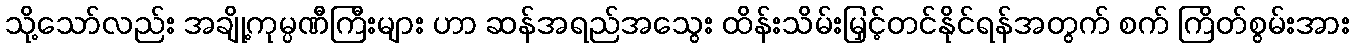
သို့သော်လည်း အချို့ကုမ္ပဏီကြီးများ ဟာ ဆန်အရည်အသွေး ထိန်းသိမ်းမြှင့်တင်နိုင်ရန်အတွက် စက် ကြိတ်စွမ်းအား